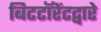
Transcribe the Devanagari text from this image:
बिटटॉरेंटद्वारे